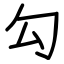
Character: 勾